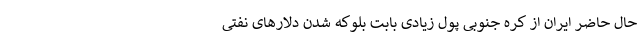
حال حاضر ایران از کره جنوبی پول زیادی بابت بلوکه شدن دلارهای نفتی